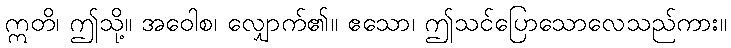
ဣတိ၊ ဤသို့။ အဝေါစ၊ လျှောက်၏။ ဧသော၊ ဤသင်ပြောသောလေသည်ကား။